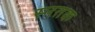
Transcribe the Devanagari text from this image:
स्नतक